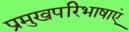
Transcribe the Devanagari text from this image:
प्रमुखपरिभाषाएं